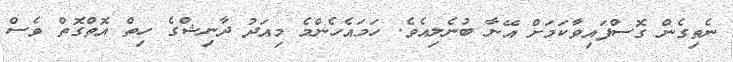
ނެތިގެން ގޮސްފައިވާކަމަށް އޭނާ ބުނެެލިއެވެ. ހަމައެހެންމެ މިއަދު ދާނިޝްގެ ހިތް އޮތްގޮތް ވެސް